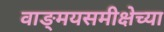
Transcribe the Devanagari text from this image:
वाङ्‌मयसमीक्षेच्या